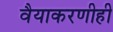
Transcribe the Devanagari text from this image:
वैयाकरणीही